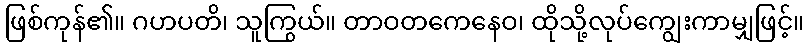
ဖြစ်ကုန်၏။ ဂဟပတိ၊ သူကြွယ်။ တာဝတကေနေဝ၊ ထိုသို့လုပ်ကျွေးကာမျှဖြင့်။